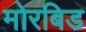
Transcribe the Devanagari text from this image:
मोरबिड